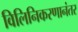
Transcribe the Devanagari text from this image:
विलिनिकरणानंतर